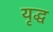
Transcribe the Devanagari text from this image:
यृद्ध